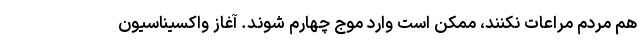
هم مردم مراعات نکنند، ممکن است وارد موج چهارم شوند. آغاز واکسیناسیون